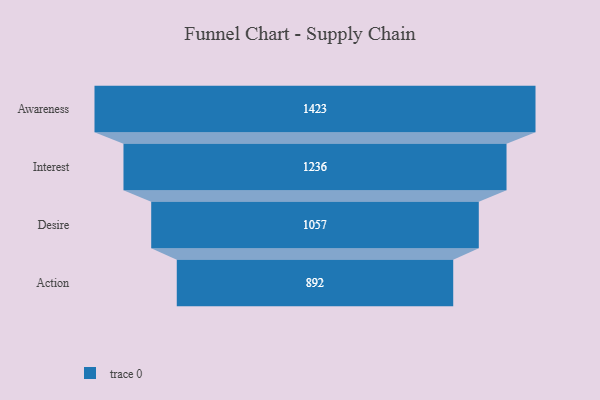
{"axis": {"x": "Stage", "y": "Value"}, "legend": [""], "data": [{"x": "Awareness", "y": 1423.0, "type": ""}, {"x": "Interest", "y": 1236.0, "type": ""}, {"x": "Desire", "y": 1057.0, "type": ""}, {"x": "Action", "y": 892.0, "type": ""}]}